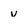
Character: v